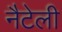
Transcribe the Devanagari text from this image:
नैटेली